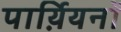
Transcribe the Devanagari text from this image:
पार्य़ियनों